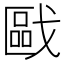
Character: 𱟟